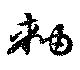
軸